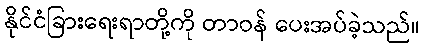
နိုင်ငံခြားရေးရာတို့ကို တာဝန် ပေးအပ်ခဲ့သည်။